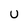
Character: u